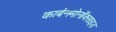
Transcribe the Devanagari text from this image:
कार्बनमोनॉक्साइड